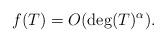
LaTeX: \begin{align*}f(T) = O(\deg (T)^{\alpha}).\end{align*}